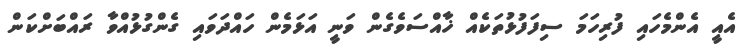
އެއީ އެންމެހައި ފުރިހަމަ ސިފަފުޅުތަކެއް ޚާއްސަވެގެން ވަނީ އަޅަމެން ހައްދަވައި ގެންގުޅުއްވާ ރައްބަށްކަން